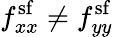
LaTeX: f_{xx}^{\mathrm{sf}}\neq f_{yy}^{\mathrm{sf}}